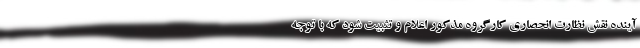
آینده نقش نظارت انحصاری کارگروه مذکور اعلام و تثبیت شود که با توجه